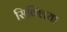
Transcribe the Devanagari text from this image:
सिक्लिया